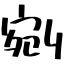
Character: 剜